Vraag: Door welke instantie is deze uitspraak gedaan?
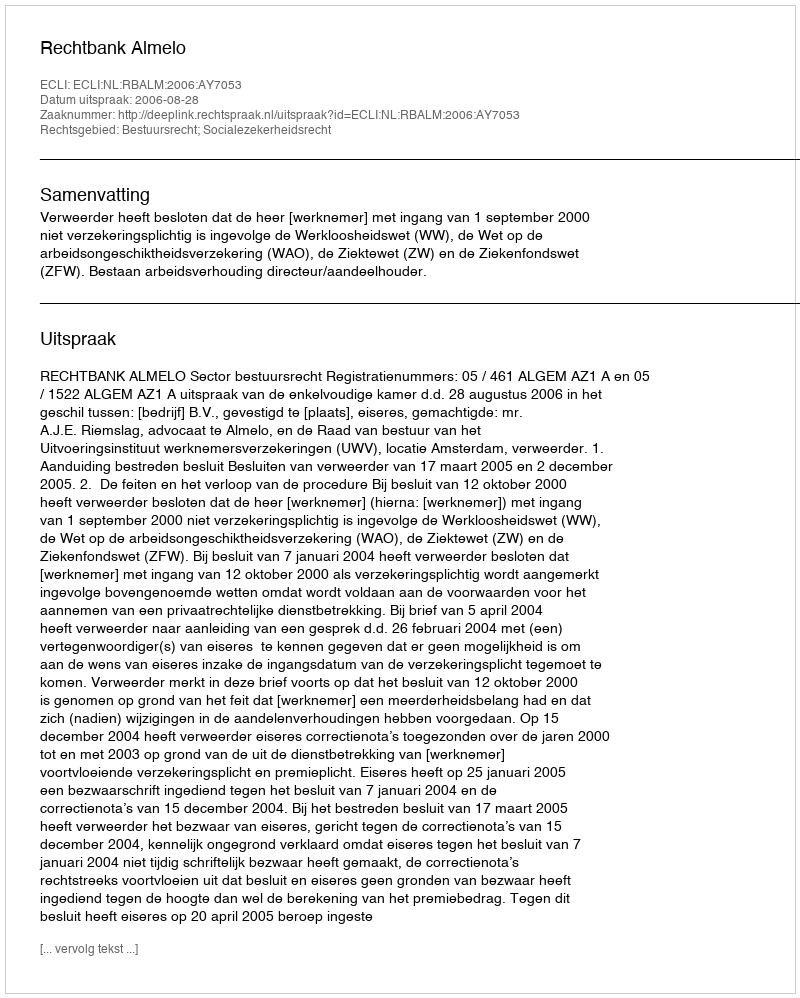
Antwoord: Rechtbank Almelo